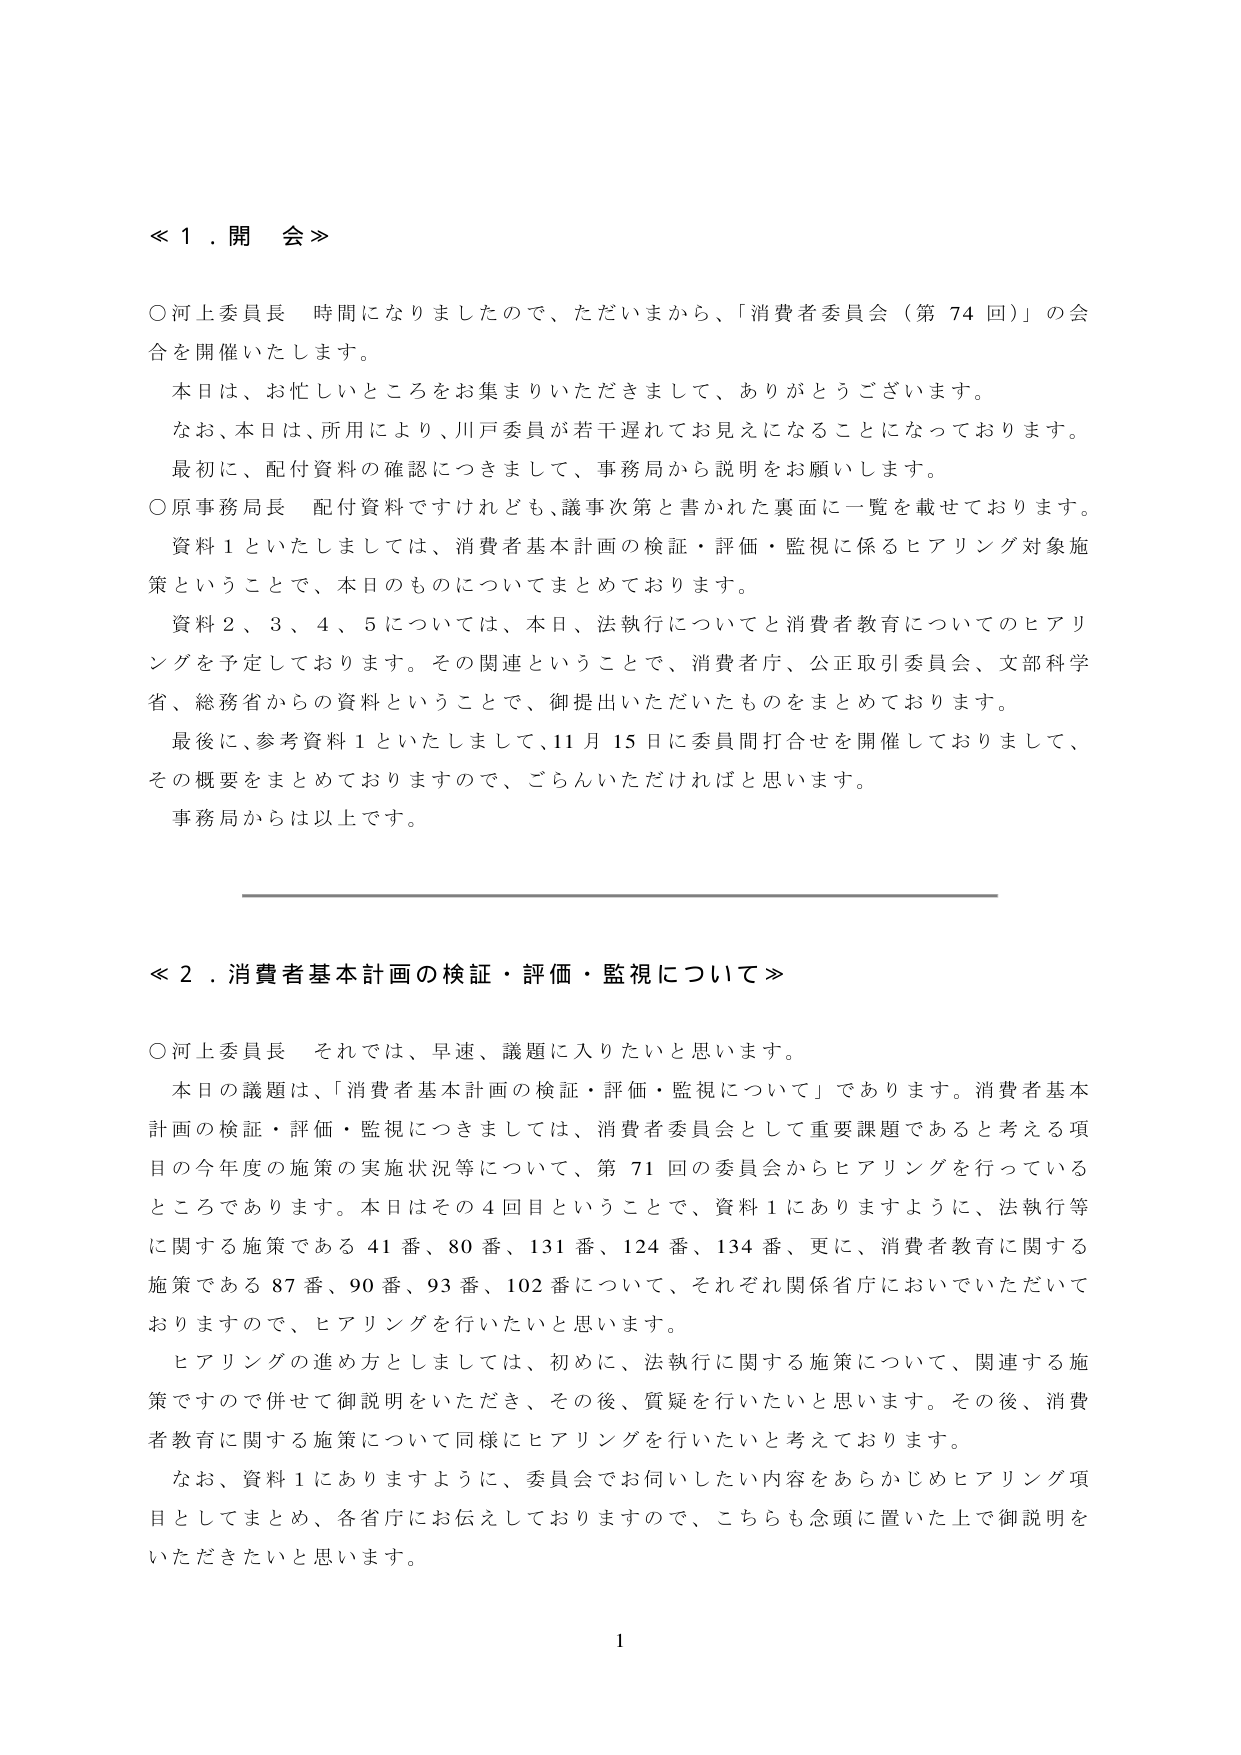
≪１．開会≫

○河上委員長　時間になりましたので、ただいまから、「消費者委員会（第74回）」の会合を開催いたします。

　本日は、お忙しいところをお集まりいただきまして、ありがとうございます。

　なお、本日は、所用により、川戸委員が若干遅れてお見えになることになっております。

　最初に、配付資料の確認につきまして、事務局から説明をお願いします。

○原事務局長　配付資料ですけれども、議事次第と書かれた裏面に一覧を載せております。

　資料１といたしましては、消費者基本計画の検証・評価・監視に係るヒアリング対象施策ということで、本日のものについてまとめております。

　資料２、３、４、５については、本日、法執行についてと消費者教育についてのヒアリングを予定しております。その関連ということで、消費者庁、公正取引委員会、文部科学省、総務省からの資料ということで、御提出いただいたものをまとめております。

　最後に、参考資料１といたしまして、11月15日に委員間打合せを開催しておりまして、その概要をまとめておりますので、ごらんいただければと思います。

　事務局からは以上です。

───────────────────────────────────────────────

≪２．消費者基本計画の検証・評価・監視について≫

○河上委員長　それでは、早速、議題に入りたいと思います。

　本日の議題は、「消費者基本計画の検証・評価・監視について」であります。消費者基本計画の検証・評価・監視につきましては、消費者委員会として重要課題であると考える項目の今年度の施策の実施状況等について、第71回の委員会からヒアリングを行っているところであります。本日はその4回目ということで、資料１にありますように、法執行等に関する施策である41番、80番、131番、124番、134番、更に、消費者教育に関する施策である87番、90番、93番、102番について、それぞれ関係省庁においでいただいておりますので、ヒアリングを行いたいと思います。

　ヒアリングの進め方としましては、初めに、法執行に関する施策について、関連する施策ですので併せて御説明をいただき、その後、質疑を行いたいと思います。その後、消費者教育に関する施策について同様にヒアリングを行いたいと考えております。

　なお、資料１にありますように、委員会でお伺いしたい内容をあらかじめヒアリング項目としてまとめ、各省庁にお伝えしておりますので、こちらも念頭に置いた上で御説明をいただきたいと思います。

1